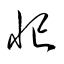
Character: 忙